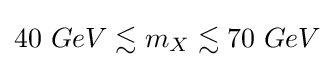
40\ GeV\lesssim m_{X}\lesssim 70\ GeV